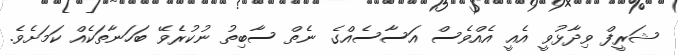
ޝަރީފް ވިދާޅުވީ އެއީ އެއްވެސް އަސާސެއްގެ ނެތް ސާބިތު ނުކުރެވޭ ބަހަނާތަކެއް ކަމަށެވެ.